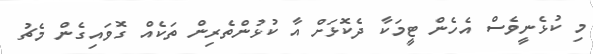
މި ކުޅެނީވެސް އެހެން ޓީމަކާ ދެކޮޅަށް އާ ކުޅުންތެރިން ތަކެއް ގޮވައިގެން މެޗު